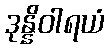
ဒုန္နိဝါရယံ